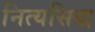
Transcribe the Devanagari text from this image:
नित्यसिद्ध